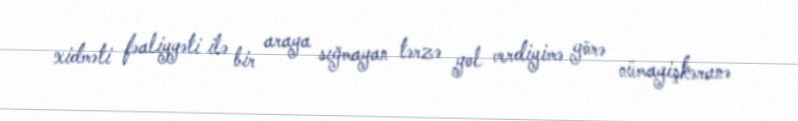
xidməti fəaliyyəti ilə bir araya sığmayan tərzə yol verdiyimə görə nümayişkəranə